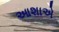
આશાએ